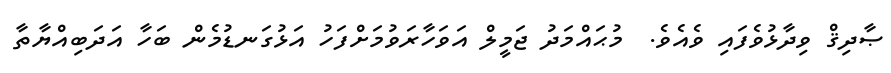
ޞާދިޤް ވިދާޅުވެފައި ވެއެވެ.  މުޙައްމަދު ޖަމީލް އަވަހާރަވުމަށްފަހު އަޅުގަނޑުމެން ބަހާ އަދަބިއްޔާތާ